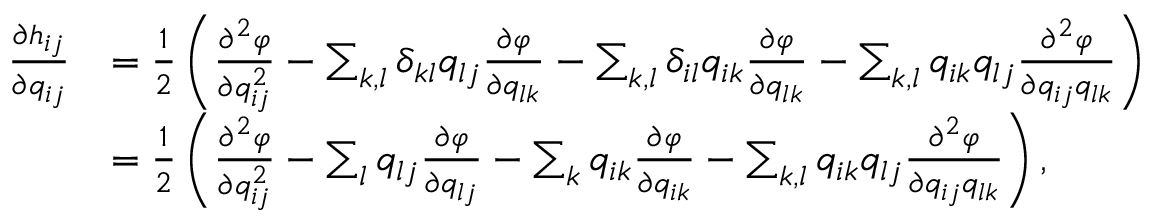
\begin{array} { r l } { \frac { \partial h _ { i j } } { \partial q _ { i j } } } & { = \frac { 1 } { 2 } \left( \frac { \partial ^ { 2 } \varphi } { \partial q _ { i j } ^ { 2 } } - \sum _ { k , l } \delta _ { k l } q _ { l j } \frac { \partial \varphi } { \partial q _ { l k } } - \sum _ { k , l } \delta _ { i l } q _ { i k } \frac { \partial \varphi } { \partial q _ { l k } } - \sum _ { k , l } q _ { i k } q _ { l j } \frac { \partial ^ { 2 } \varphi } { \partial q _ { i j } q _ { l k } } \right) } \\ & { = \frac { 1 } { 2 } \left( \frac { \partial ^ { 2 } \varphi } { \partial q _ { i j } ^ { 2 } } - \sum _ { l } q _ { l j } \frac { \partial \varphi } { \partial q _ { l j } } - \sum _ { k } q _ { i k } \frac { \partial \varphi } { \partial q _ { i k } } - \sum _ { k , l } q _ { i k } q _ { l j } \frac { \partial ^ { 2 } \varphi } { \partial q _ { i j } q _ { l k } } \right) , } \end{array}